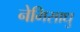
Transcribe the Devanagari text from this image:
नेमिसाधु